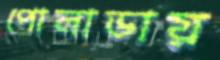
পোলাডায়